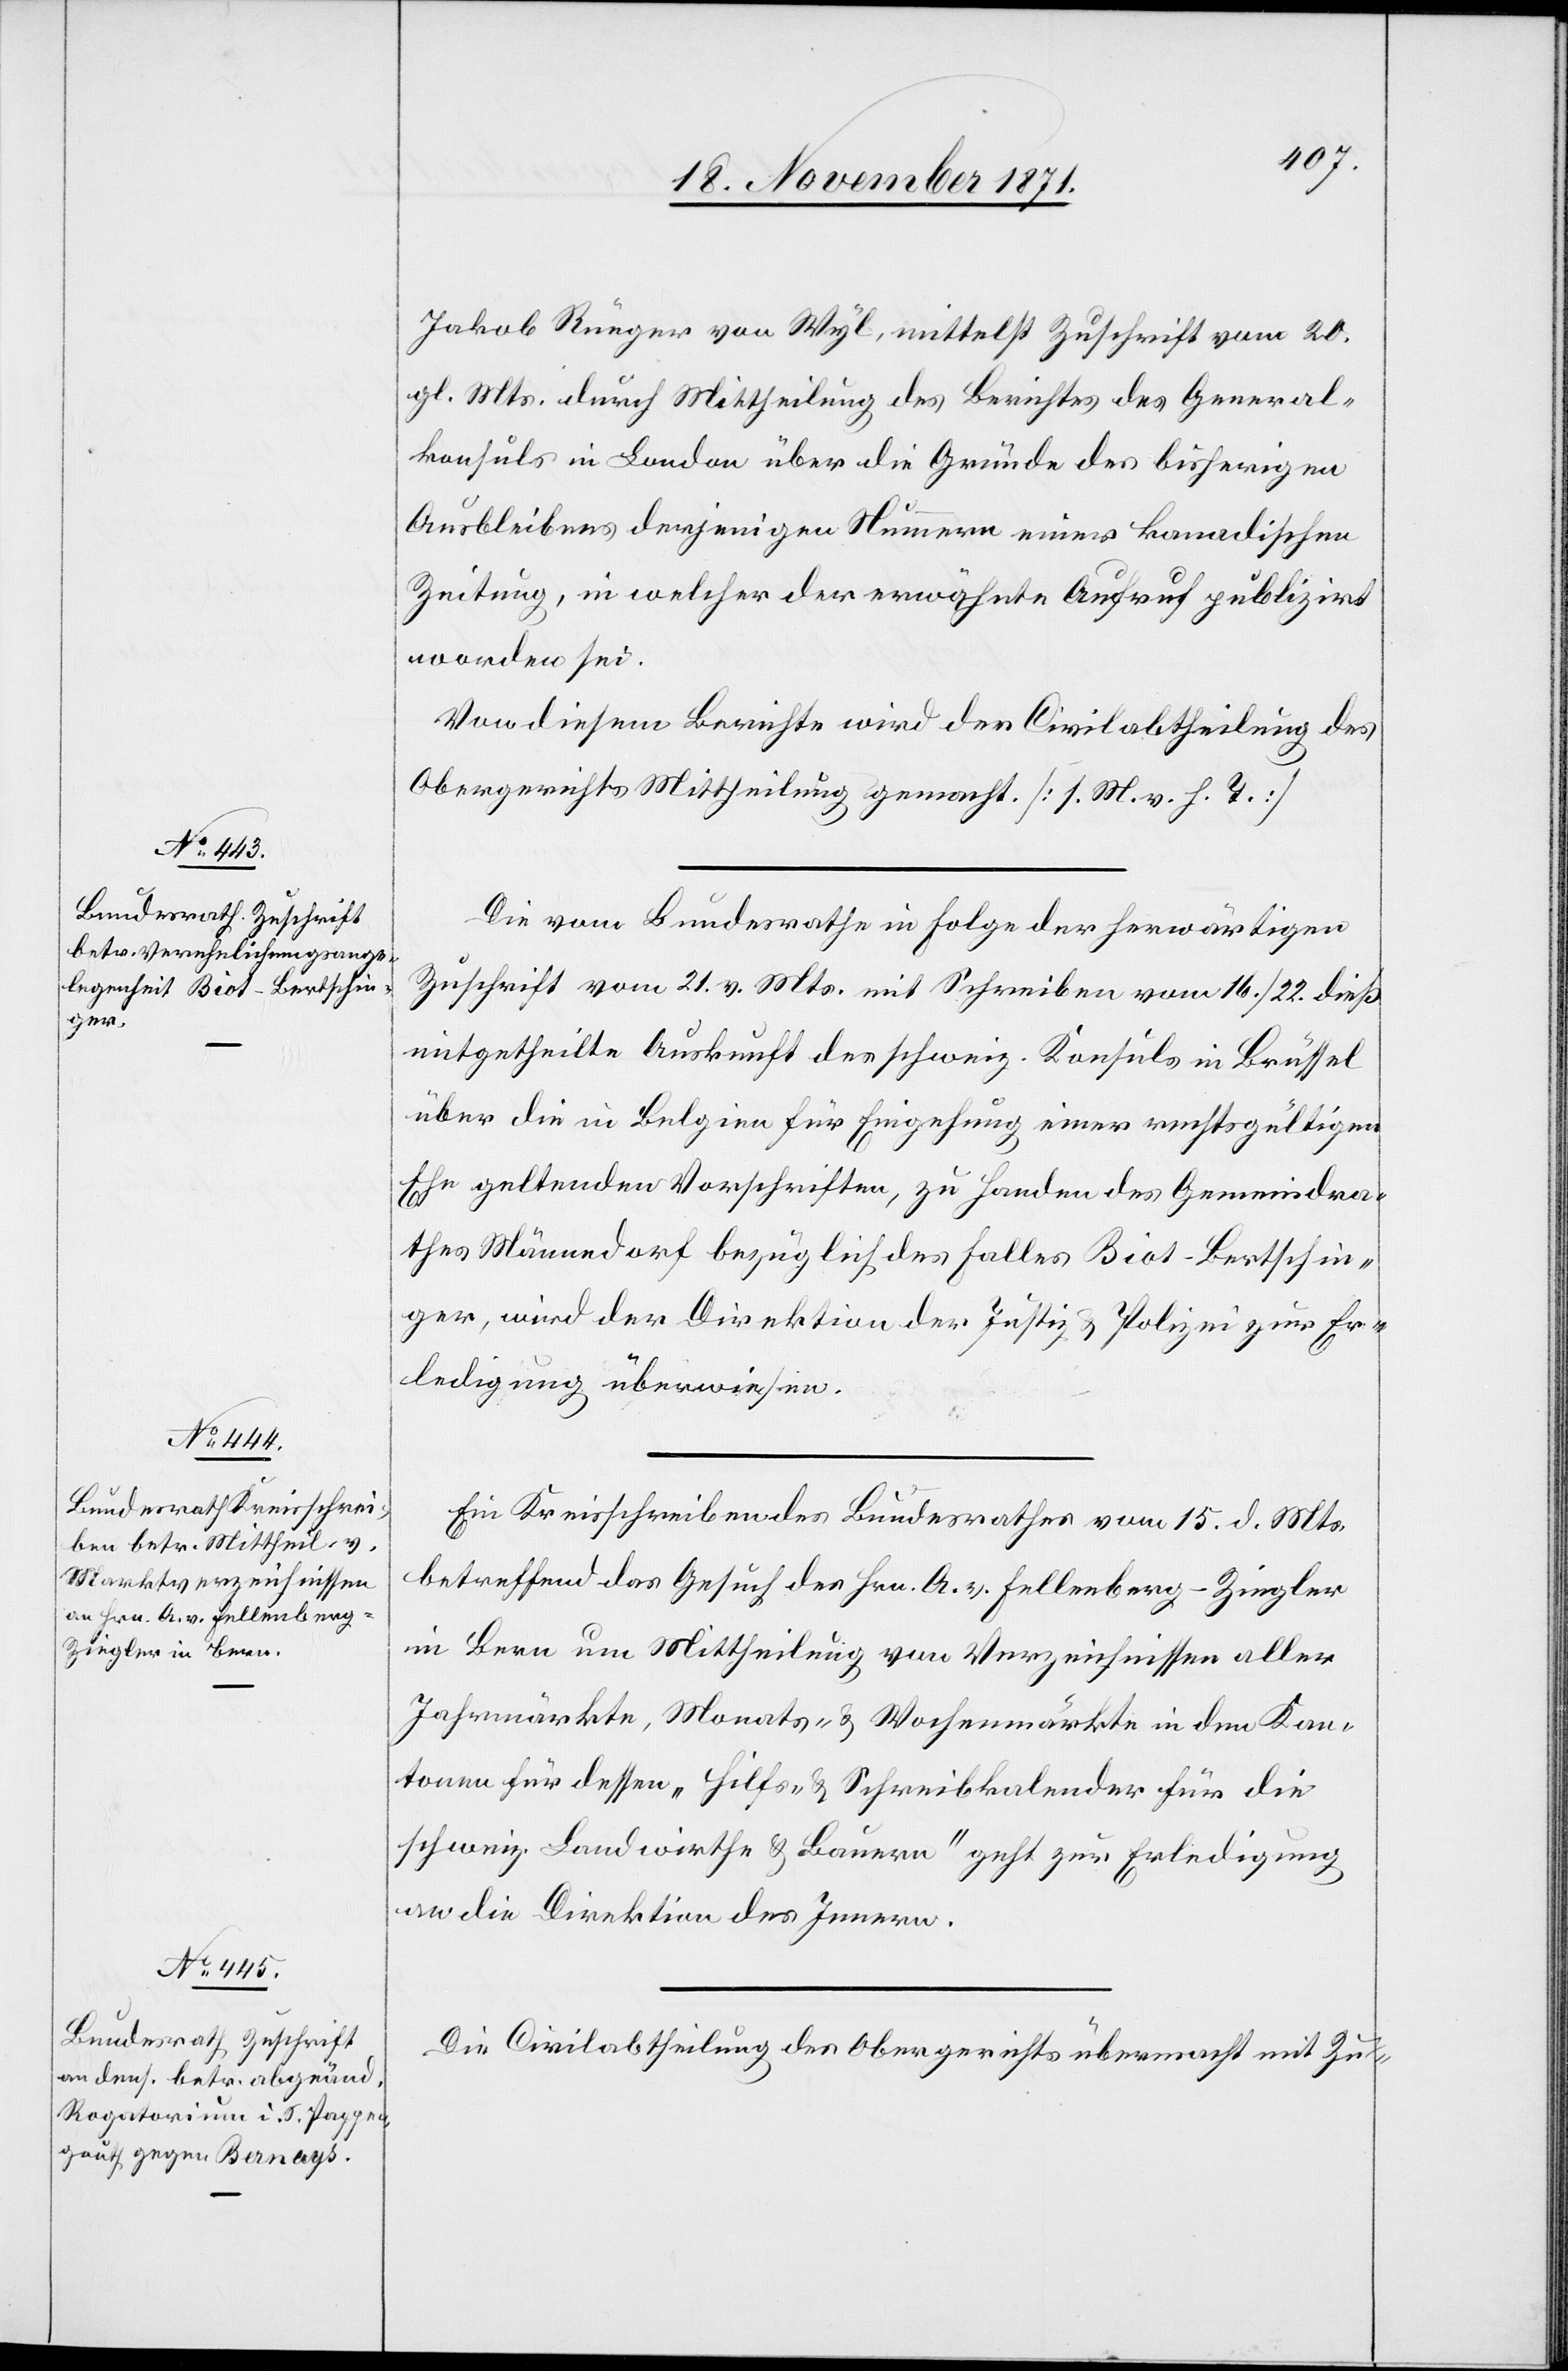
23. November 1871.]
Jakob Rüeger von Wyl, mittelst Zuschrift vom 20.
gl. Mts. durch Mittheilung des Berichtes des General¬
konsuls in London über die Gründe des bisherigen
Ausbleibens derjenigen Nummern einer kanadischen
Zeitung, in welcher der erwähnte Aufruf publizirt
worden sei.
Von diesem Berichte wird der Civilabtheilung des
Obergerichts Mittheilung gemacht [s. M. v. h. T.]
Die vom Bundesrathe in Folge der herwärtigen
Zuschrift vom 21. v. Mts. mit Schreiben vom 16. / 22. dieß
mitgetheilten Auskunft des schweiz. Konsuls in Brüssel
über die in Belgien für Eingehung einer rechtsgültigen
Ehe geltenden Vorschriften, zu Handen des Gemeindra¬
thes Männedorf bezüglich des Falles Biot-Bertschin¬
ger, wird der Direktion der Justiz & Polizei zur Er¬
ledigung überwiesen.
Ein Kreisschreiben des Bundesrathes vom 15. d. Mts.
betreffend das Gesuch des Hrn. A. v. Fellenberg-Ziegler
in Bern um Mittheilung von Verzeichnissen aller
Jahrmärkte, Monats- & Wochenmärkte in den Kan¬
tonen für dessen „Hilfs- & Schreibkalender für die
schweiz. Landwirthe & Bauern“ geht zur Erledigung
an die Direktion des Innern.
Die Civilabtheilung des Obergerichts übermacht mit Zu-